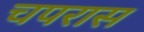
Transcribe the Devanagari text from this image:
चपरास